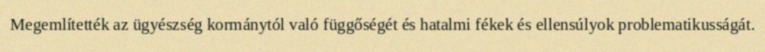
Megemlítették az ügyészség kormánytól való függőségét és hatalmi fékek és ellensúlyok problematikusságát.